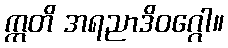
ဣတိ အရညာဒိဝဂ္ဂေါ။